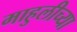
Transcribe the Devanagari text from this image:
माहुलीच्या